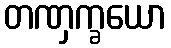
တဏှက္ခယော